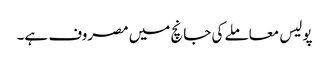
پولیس معاملے کی جانچ میں مصروف ہے۔